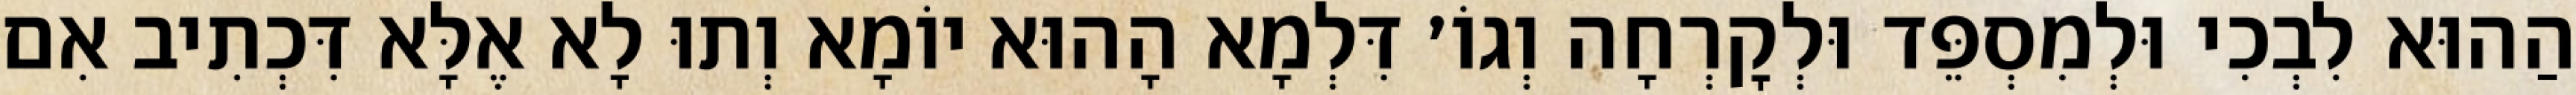
הַהוּא לִבְכִי וּלְמִסְפֵּד וּלְקׇרְחָה וְגוֹ׳ דִּלְמָא הָהוּא יוֹמָא וְתוּ לָא אֶלָּא דִּכְתִיב אִם